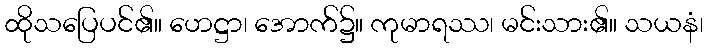
ထိုသပြေပင်၏။ ဟေဋ္ဌာ၊ အောက်၌။ ကုမာရဿ၊ မင်းသား၏။ သယနံ၊